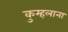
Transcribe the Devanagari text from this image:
कुम्हलाना